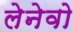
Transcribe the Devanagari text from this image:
लेनेवो